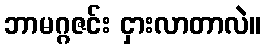
ဘာမဂ္ဂဇင်း ငှားလာတာလဲ။